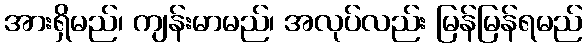
အားရှိမည်၊ ကျန်းမာမည်၊ အလုပ်လည်း မြန်မြန်ရမည်